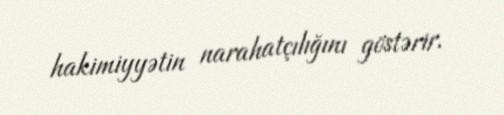
hakimiyyətin narahatçılığını göstərir.